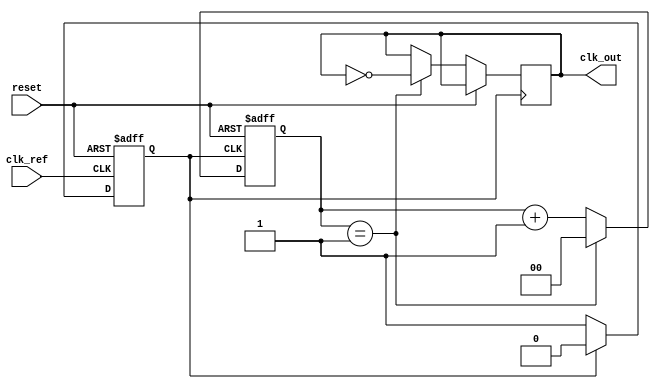
module PLL (
    input wire clk_ref,            // Reference clock input
    input wire reset,              // Reset signal
    output wire clk_out            // Output clock
);

// Parameters
parameter VCO_MAX_FREQ = 100;    // Max VCO frequency (for simulation)
parameter VCO_MIN_FREQ = 10;      // Min VCO frequency (for simulation)
parameter DIV_RATIO = 2;          // Divider ratio (optional)

// Internal signals
reg [7:0] phase_error;            // Phase error signal
reg [7:0] control_voltage;         // Control voltage for VCO
reg [7:0] vco_freq;                // Current frequency of VCO
reg clk_vco;                       // VCO output clock
reg [7:0] memory_block [0:15];     // Memory blocks for phase information
integer i;

// Phase Detector (PD)
always @(posedge clk_ref or posedge reset) begin
    if (reset) begin
        phase_error <= 0;
    end else begin
        // Simple phase detector logic (for simulation)
        // This is a placeholder; actual implementation may vary
        if (clk_vco) begin
            phase_error <= phase_error + 1; // Increment on phase match
        end else begin
            phase_error <= phase_error - 1; // Decrement on phase mismatch
        end
    end
end

// Loop Filter (LF)
always @(posedge clk_ref or posedge reset) begin
    if (reset) begin
        control_voltage <= 0;
    end else begin
        // Simple first-order filter (for simulation)
        control_voltage <= control_voltage + (phase_error >> 1); // Adjust control voltage
    end
end

// Voltage-Controlled Oscillator (VCO)
always @(posedge clk_ref or posedge reset) begin
    if (reset) begin
        vco_freq <= VCO_MIN_FREQ; // Start at min frequency
        clk_vco <= 0;
    end else begin
        // Adjust VCO frequency based on control voltage
        if (control_voltage > 128) begin
            vco_freq <= VCO_MAX_FREQ; // Max frequency
        end else if (control_voltage < 64) begin
            vco_freq <= VCO_MIN_FREQ; // Min frequency
        end else begin
            vco_freq <= VCO_MIN_FREQ + (control_voltage >> 1); // Linear scale
        end

        // Generate VCO clock based on frequency
        clk_vco <= (clk_vco == 0) ? 1 : 0; // Toggle clock for simulation
    end
end

// Frequency Divider (optional)
reg [1:0] div_counter;
always @(posedge clk_vco or posedge reset) begin
    if (reset) begin
        div_counter <= 0;
    end else begin
        div_counter <= div_counter + 1;
        if (div_counter == DIV_RATIO-1) begin
            clk_out <= ~clk_out; // Output clock toggles every DIV_RATIO cycles
            div_counter <= 0;
        end
    end
end

endmodule